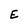
Character: E